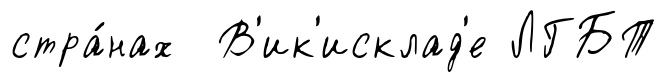
стра́нах В'ик'исклад'е ЛГБТ